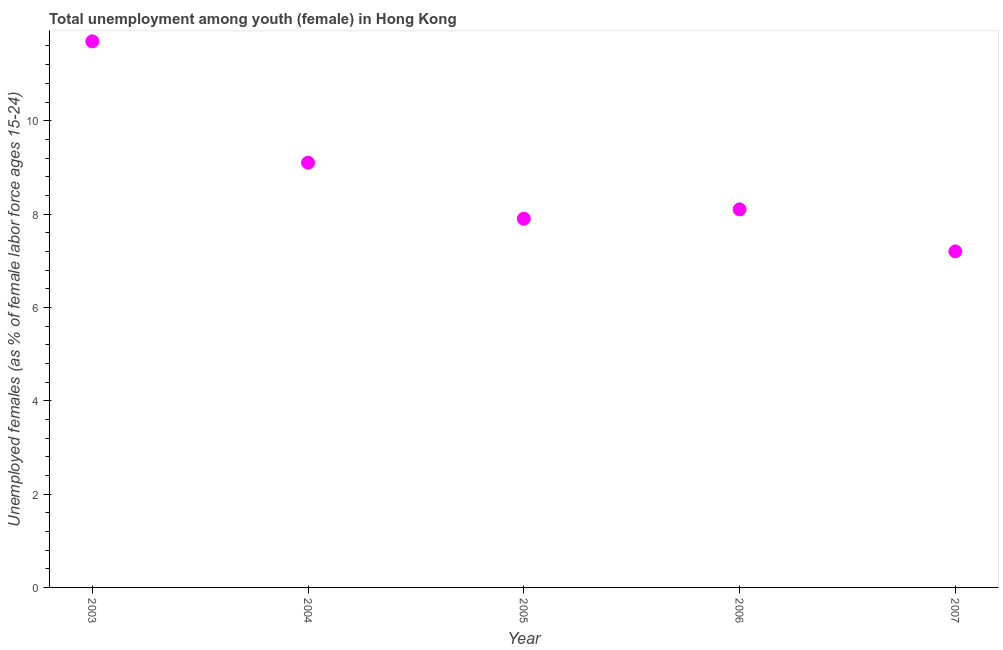
| Year | Unemployment |
 | --- | --- |
 | 2003 | 11.7 |
 | 2004 | 9.1 |
 | 2005 | 7.9 |
 | 2006 | 8.1 |
 | 2007 | 7.2 |